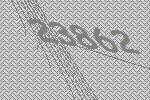
23862